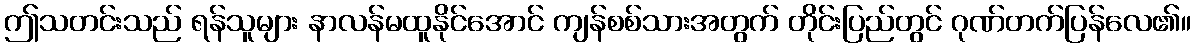
ဤသတင်းသည် ရန်သူများ နာလန်မထူနိုင်အောင် ကျန်စစ်သားအတွက် တိုင်းပြည်တွင် ဂုဏ်တက်ပြန်လေ၏။